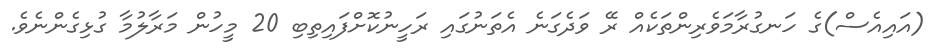
(އައިއެސް)ގެ ހަނގުރާމަވެރިންތަކެއް ރޭ ވަދެގަނެ އެތަނުގައި ރަހީނުކޮށްފައިތިބި 20 މީހުން މަރާލުމާ ގުޅިގެންނެވެ.